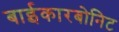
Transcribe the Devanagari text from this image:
बाईकारबोनिट